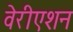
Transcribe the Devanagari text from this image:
वेरीएशन